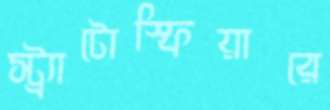
স্ট্র্যাটোস্ফিয়ারে